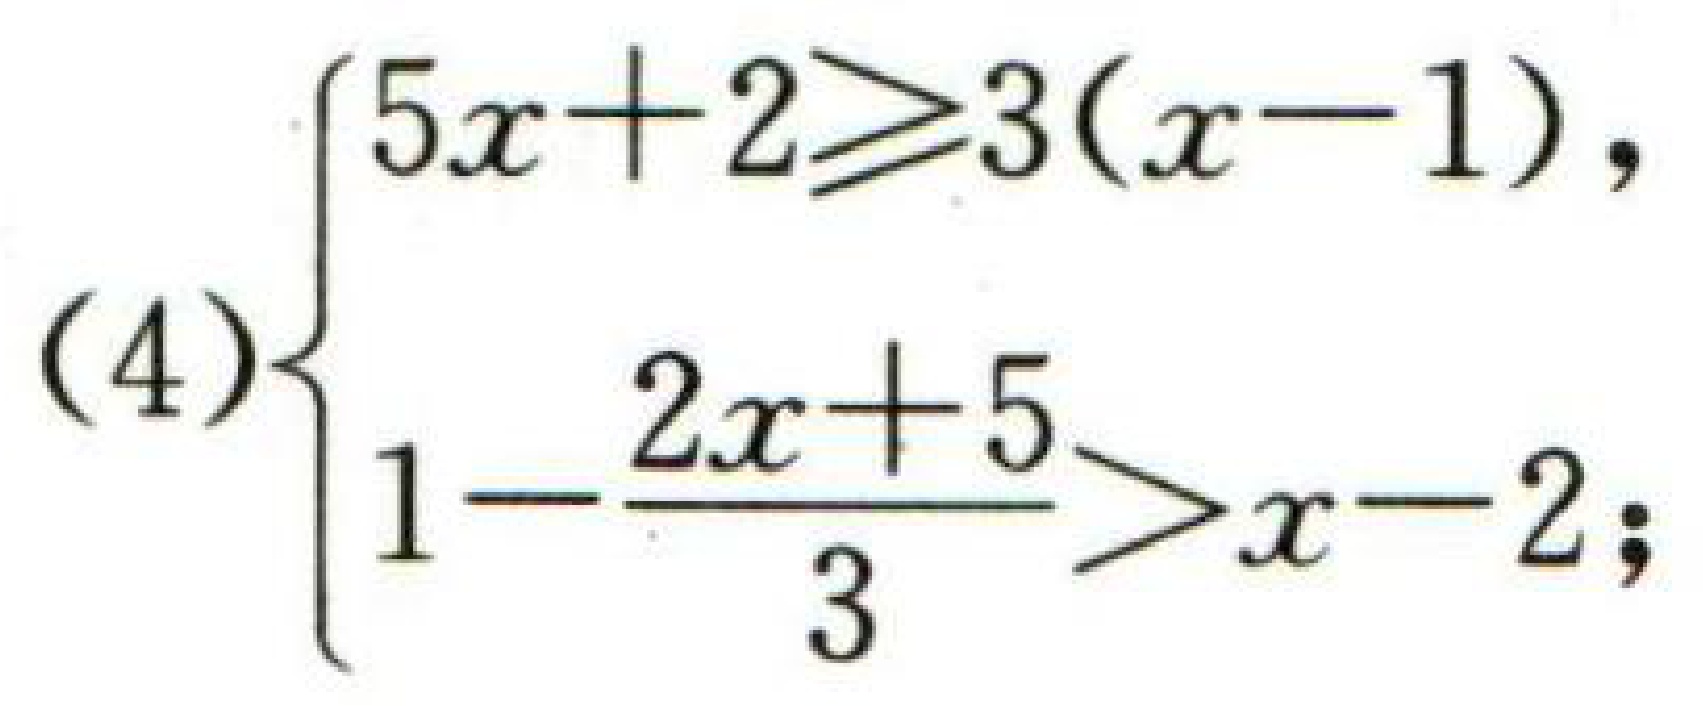
\((4)\begin{cases}5x + 2\geqslant3(x - 1),\\1-\dfrac{2x + 5}{3}>x - 2;\end{cases}\)